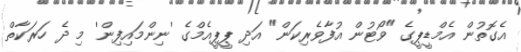
އެގޮތުން އެމްޑީޕީގެ "ވޯޓުން އުފާވެރިކަން" އަދި ޕީޕީއެމްގެ 'ނިންމައިފިން' މި ދެ ހަރަކާތް